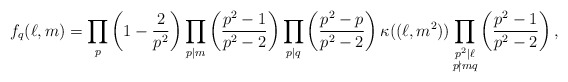
\begin{align*}f_q(\ell,m)=\prod_{p}\left(1-\frac{2}{p^2}\right)\prod_{p\mid m}\left(\frac{p^2-1}{p^2-2}\right)\prod_{p\mid q}\left(\frac{p^2-p}{p^2-2}\right)\kappa((\ell,m^2))\prod_{\substack{p^2\mid \ell\\p\nmid mq}}\left(\frac{p^2-1}{p^2-2}\right),\end{align*}